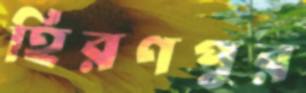
হিরণপুর